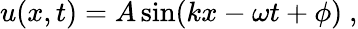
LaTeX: u(x,t)=A\sin(kx-\omega t+\phi)\ ,